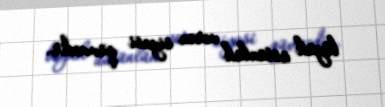
böyük üstünlük verən siyasi qüvvədir.